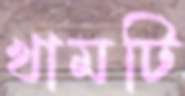
খামটি